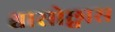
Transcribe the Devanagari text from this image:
श्वासोछ्वास